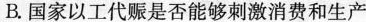
B.国家以工代赈是否能够刺激消费和生产